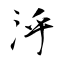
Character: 泘